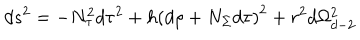
d s ^ { 2 } = - N _ { \tau } ^ { 2 } d \tau ^ { 2 } + h \left( d \rho + N _ { \Sigma } d \tau \right) ^ { 2 } + r ^ { 2 } d \Omega _ { d - 2 } ^ { 2 }